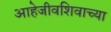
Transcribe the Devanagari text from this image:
आहेजीवशिवाच्या